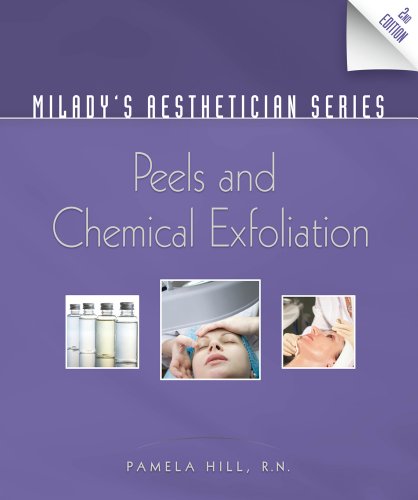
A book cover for Milady's Aesthetician Series: Peels and Chemical Exfoliation; Pamela Hill; Health, Fitness & Dieting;